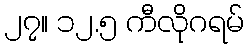
၂၇။ ၁၂.၅ ကီလိုဂရမ်